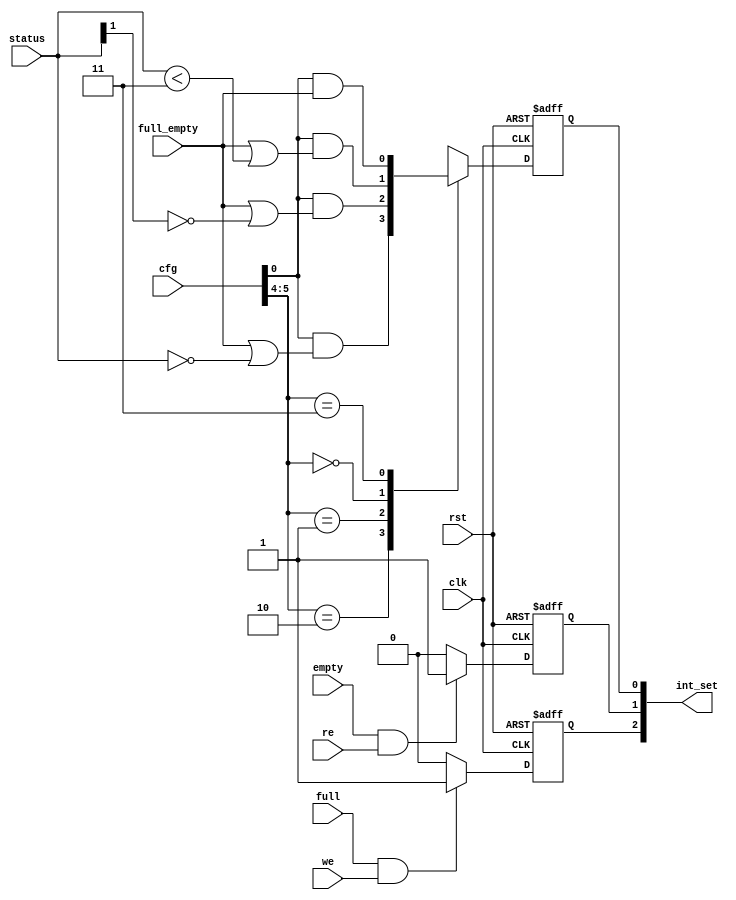
/////////////////////////////////////////////////////////////////////
////                                                             ////
////  WISHBONE AC 97 Controller                                  ////
////  Interrupt Logic                                            ////
////                                                             ////
////                                                             ////
////          rudi@asics.ws                                      ////
////                                                             ////
////                                                             ////
////  Downloaded from: http://www.opencores.org/cores/ac97_ctrl/ ////
////                                                             ////
/////////////////////////////////////////////////////////////////////
////                                                             ////
//// Copyright (C) 2000-2002 Rudolf Usselmann                    ////
////                         www.asics.ws                        ////
////                         rudi@asics.ws                       ////
////                                                             ////
//// This source file may be used and distributed without        ////
//// restriction provided that this copyright statement is not   ////
//// removed from the file and that any derivative work contains ////
//// the original copyright notice and the associated disclaimer.////
////                                                             ////
////     THIS SOFTWARE IS PROVIDED ``AS IS'' AND WITHOUT ANY     ////
//// EXPRESS OR IMPLIED WARRANTIES, INCLUDING, BUT NOT LIMITED   ////
//// TO, THE IMPLIED WARRANTIES OF MERCHANTABILITY AND FITNESS   ////
//// FOR A PARTICULAR PURPOSE. IN NO EVENT SHALL THE AUTHOR      ////
//// OR CONTRIBUTORS BE LIABLE FOR ANY DIRECT, INDIRECT,         ////
//// INCIDENTAL, SPECIAL, EXEMPLARY, OR CONSEQUENTIAL DAMAGES    ////
//// (INCLUDING, BUT NOT LIMITED TO, PROCUREMENT OF SUBSTITUTE   ////
//// GOODS OR SERVICES; LOSS OF USE, DATA, OR PROFITS; OR        ////
//// BUSINESS INTERRUPTION) HOWEVER CAUSED AND ON ANY THEORY OF  ////
//// LIABILITY, WHETHER IN  CONTRACT, STRICT LIABILITY, OR TORT  ////
//// (INCLUDING NEGLIGENCE OR OTHERWISE) ARISING IN ANY WAY OUT  ////
//// OF THE USE OF THIS SOFTWARE, EVEN IF ADVISED OF THE         ////
//// POSSIBILITY OF SUCH DAMAGE.                                 ////
////                                                             ////
/////////////////////////////////////////////////////////////////////

//  CVS Log
//
//  $Id: ac97_int.v,v 1.3 2002-09-19 06:30:56 rudi Exp $
//
//  $Date: 2002-09-19 06:30:56 $
//  $Revision: 1.3 $
//  $Author: rudi $
//  $Locker:  $
//  $State: Exp $
//
// Change History:
//               $Log: not supported by cvs2svn $
//               Revision 1.2  2002/03/05 04:44:05  rudi
//
//               - Fixed the order of the thrash hold bits to match the spec.
//               - Many minor synthesis cleanup items ...
//
//               Revision 1.1  2001/08/03 06:54:50  rudi
//
//
//               - Changed to new directory structure
//
//               Revision 1.1.1.1  2001/05/19 02:29:18  rudi
//               Initial Checkin
//
//
//
//


module ac97_int(clk, rst,

		// Register File Interface
		int_set,

		// FIFO Interface
		cfg, status, full_empty, full, empty, re, we
		);

input		clk, rst;
output	[2:0]	int_set;

input	[7:0]	cfg;
input	[1:0]	status;
input		full_empty, full, empty, re, we;

////////////////////////////////////////////////////////////////////
//
// Local Wires
//

reg	[2:0]	int_set;

////////////////////////////////////////////////////////////////////
//
// Interrupt Logic
//

always @(posedge clk or negedge rst)
	if(!rst)	int_set[0] <= #1 1'b0;
	else
	case(cfg[5:4])	// synopsys parallel_case full_case
			// 1/4 full/empty
	   2'h2: int_set[0] <= #1 cfg[0] & (full_empty | (status == 2'h0));
			// 1/2 full/empty
	   2'h1: int_set[0] <= #1 cfg[0] & (full_empty | (status[1] == 1'h0));
			// 3/4 full/empty
	   2'h0: int_set[0] <= #1 cfg[0] & (full_empty | (status < 2'h3));	
	   2'h3: int_set[0] <= #1 cfg[0] & full_empty;
	endcase

always @(posedge clk or negedge rst)
	if(!rst)	int_set[1] <= #1 1'b0;
	else
	if(empty & re)	int_set[1] <= #1 1'b1;
	else int_set[1] <= #1 1'b0;

always @(posedge clk or negedge rst)
	if(!rst)	int_set[2] <= #1 1'b0;
	else
	if(full & we)	int_set[2] <= #1 1'b1;
	else int_set[2] <= #1 1'b0;

endmodule